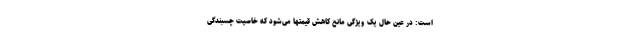
است: در عین حال یک ویژگی مانع کاهش قیمتها می‌شود که خاصیت چسبندگی